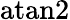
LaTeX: \mathrm{atan2}